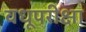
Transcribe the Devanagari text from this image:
वधूपरीक्षा